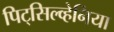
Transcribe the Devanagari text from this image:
पिट्‌सिल्व्हेनिया